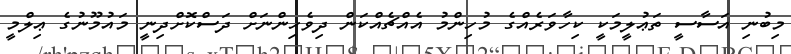
މިބުނި އަސާސީ ތަޢުލީމަކީ ކިހާވަރެއްގެ މުހިންމު އެއްޗެއްކަން ދިވެހިންނަށް ދަސްކޮށްދިނީ މައުމޫނުގެ ޢިލްމީ